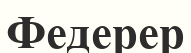
Федерер